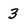
Character: 3